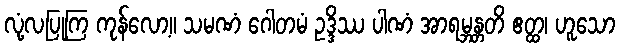
လုံ့လပြုကြ ကုန်လော့။ သမဏံ ဂေါတမံ ဥဒ္ဒိဿ ပါဏံ အာရမ္ဘန္တတိ ဧတ္ထ၊ ဟူသော